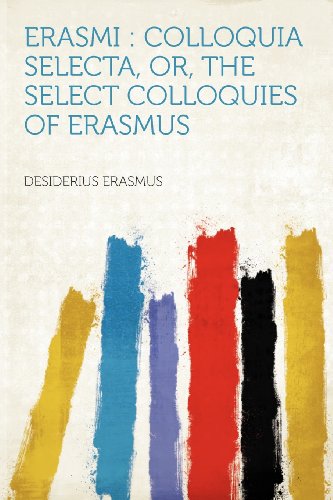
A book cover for Erasmi: Colloquia Selecta, Or, the Select Colloquies of Erasmus; Politics & Social Sciences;